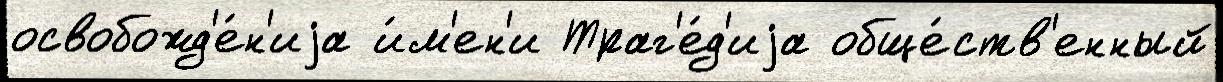
освобожд'е́н'иjа и́м'ен'и Траг'е́д'иjа обще́ств'енный